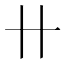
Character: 卄